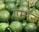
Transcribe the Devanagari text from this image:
एम्मने